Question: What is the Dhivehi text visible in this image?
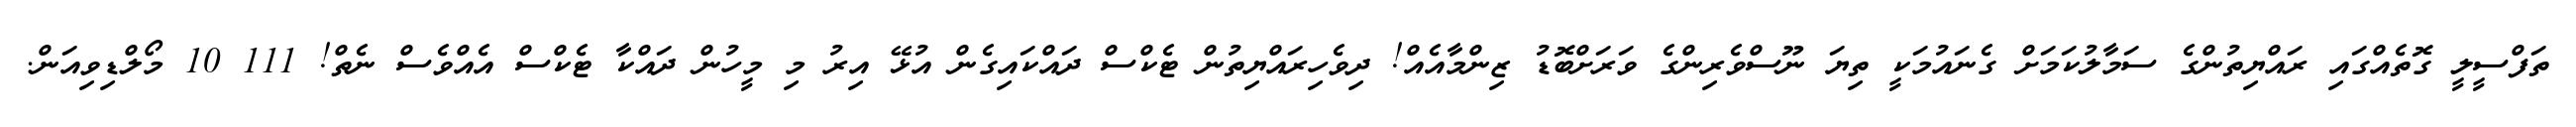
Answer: ތަފްސީލީ ގޮތެއްގައި ރައްޔިތުންގެ ސަމާލުކަމަށް ގެނައުމަކީ ތިޔަ ނޫސްވެރިންގެ ވަރަށްބޮޑު ޒިންމާއެއް! ދިވެހިރައްޔިތުން ޓެކްސް ދައްކައިގެން އުޅޭ އިރު މި މީހުން ދައްކާ ޓެކްސް އެއްވެސް ނެތް! 111 10 މޯލްޑިވިއަން.